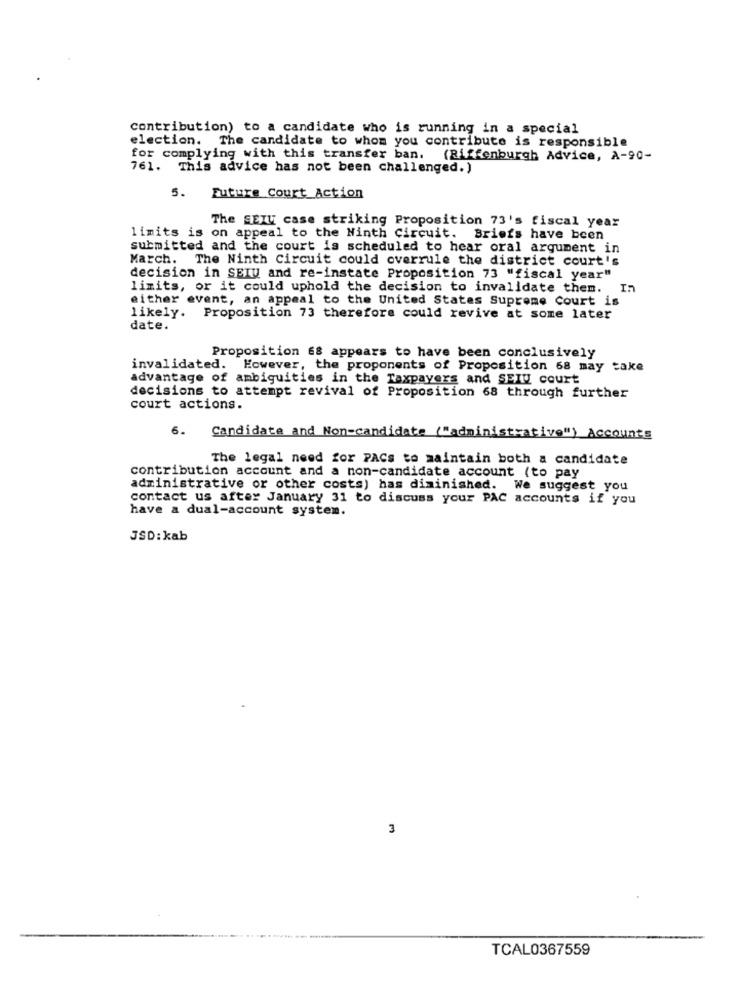
contribution) to a candidate who is running in a special
election. The candidate to whom you contribute is responsible
for complying with this transfer ban. (Riffenburgh Advice, A-90-
761. This advice has not been challenged.)
5. Future Court Action
The SEIU case striking Proposition 73's fiscal year
limits is on appeal to the Ninth Circuit. Briefs have been
submitted and the court is scheduled to hear oral argument in
March. The Ninth Circuit could overrule the district court's
decision in SEIU and re-instate Proposition 73 "fiscal year"
limits, or it could uphold the decision to invalidate them.
In
either event, an appeal to the United States Supreme Court is
likely. Proposition 73 therefore could revive at some later
date.
Proposition 68 appears to have been conclusively
invalidated. However, the proponents of Proposition 68 may take
advantage of ambiguities in the Taxpayers and SEIU court
decisions to attempt revival of Proposition 68 through further
court actions.
6.
Candidate and Non-candidate ("administrative") Accounts
The legal need for PACs to maintain both a candidate
contribution account and a non-candidate account (to pay
administrative or other costs) has diminished. We suggest you
contact us after January 31 to discuss your PAC accounts if you
have a dual-account system.
JSD:kab
3
TCAL0367559